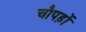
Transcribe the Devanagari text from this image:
चौपड़ों